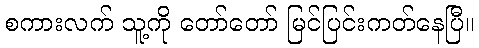
စကားလက် သူ့ကို တော်တော် မြင်ပြင်းကတ်နေပြီ။